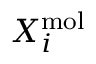
X _ { i } ^ { \mathrm { m o l } }